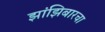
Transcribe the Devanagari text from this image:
झांझिबारचा